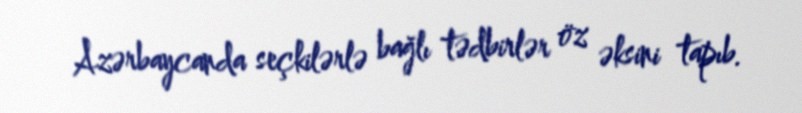
Azərbaycanda seçkilərlə bağlı tədbirlər öz əksini tapıb.